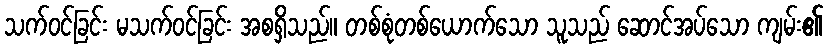
သက်ဝင်ခြင်း မသက်ဝင်ခြင်း အစရှိသည်။ တစ်စုံတစ်ယောက်သော သူသည် ဆောင်အပ်သော ကျမ်း၏